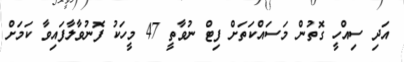
އަދި ސިއްހީ ގޮތުން މަސައްކަތަށް ފިޓް ނުވާތީ 47 މީހަކު ފޮނުވާލާފައިވާ ކަމަށް